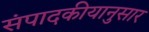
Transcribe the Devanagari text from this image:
संपादकीयानुसार